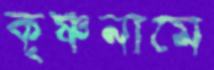
কৃষ্ণনামে